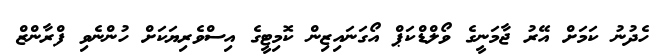
ހެދުނު ކަމަށް އޭރު ޖާމަނީގެ ވޯލްޑްކަޕް އޯގަނައިޒިން ކޮމިޓީގެ އިސްވެރިޔަކަށް ހުންނެވި ފްރާންޒް